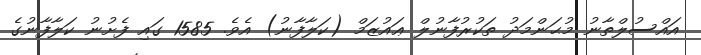
އައްސުލްތާނު މުޙަންމަދު ތަކުރުފާނުލް ޢައުޒަމް (ކަލާފާނު) އެވެ. 1585 ގައި ފެށުނު ކަލާފާނުގެ